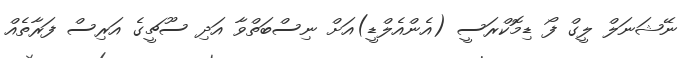
ނޭޝަނަލް ލީގް ފޯ ޑިމޮކްރަސީ (އެންއެލްޑީ)އަށް ނިސްބަތްވާ އަދި ސޫޗީގެ އަރިސް ފަރާތެއް